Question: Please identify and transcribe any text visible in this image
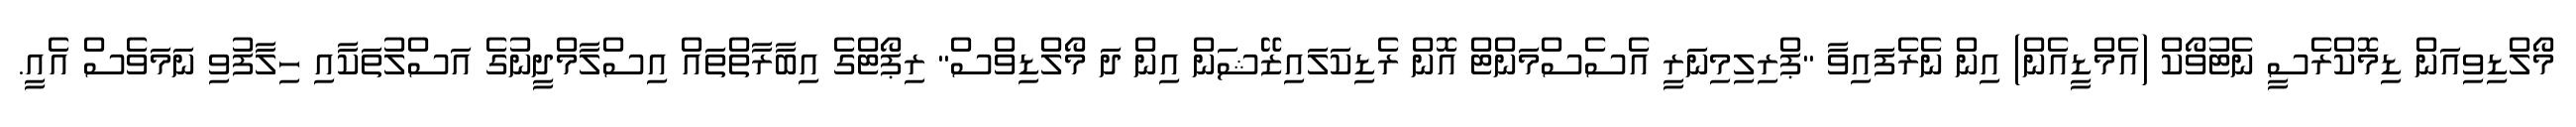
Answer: މޯލްޑިވިއަން ޑިމޮކްރެސީ ނެޓުވޯކް (އެމްޑީއެން) އިން ނެރެފައިވާ "ޕްރިލިމިނަރީ އެސެސްމަންޓް އޮން ރެޑިކަލައިޒޭޝަން އިން ދަ މޯލްޑިވްސް" ރިޕޯޓްގެ އިބާރާތްތައް އިސްލާމްދީނުގެ އަސްލުތަކާއި ހިލާފުވި ނަމަވެސް އެއީ.